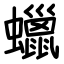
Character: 蠟